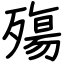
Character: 殤